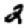
Digit: 2